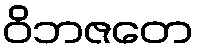
ဝိဘဇတေ